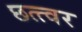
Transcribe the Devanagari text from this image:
छत्त्वर